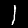
Label: 1